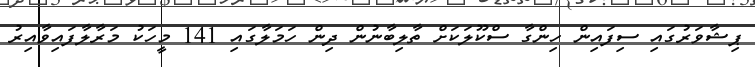
ޕިޝާވަރުގައި ސިފައިން ހިންގާ ސްކޫލަކަށް ތާލިބާނުން ދިން ހަމަލާގައި 141 މީހަކު މަރާލާފައިވާއިރު